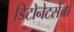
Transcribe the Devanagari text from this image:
डिटोनेटर्सचा